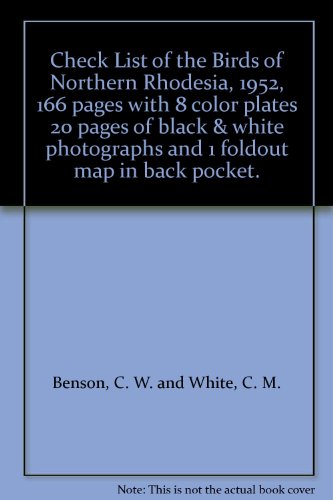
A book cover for Check List of the Birds of Northern Rhodesia, 1952, 166 pages with 8 color plates 20 pages of black & white photographs and 1 foldout map in back pocket.; C. W. and White, C. M. Benson; Travel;